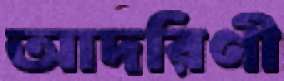
আদরিণী